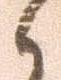
々